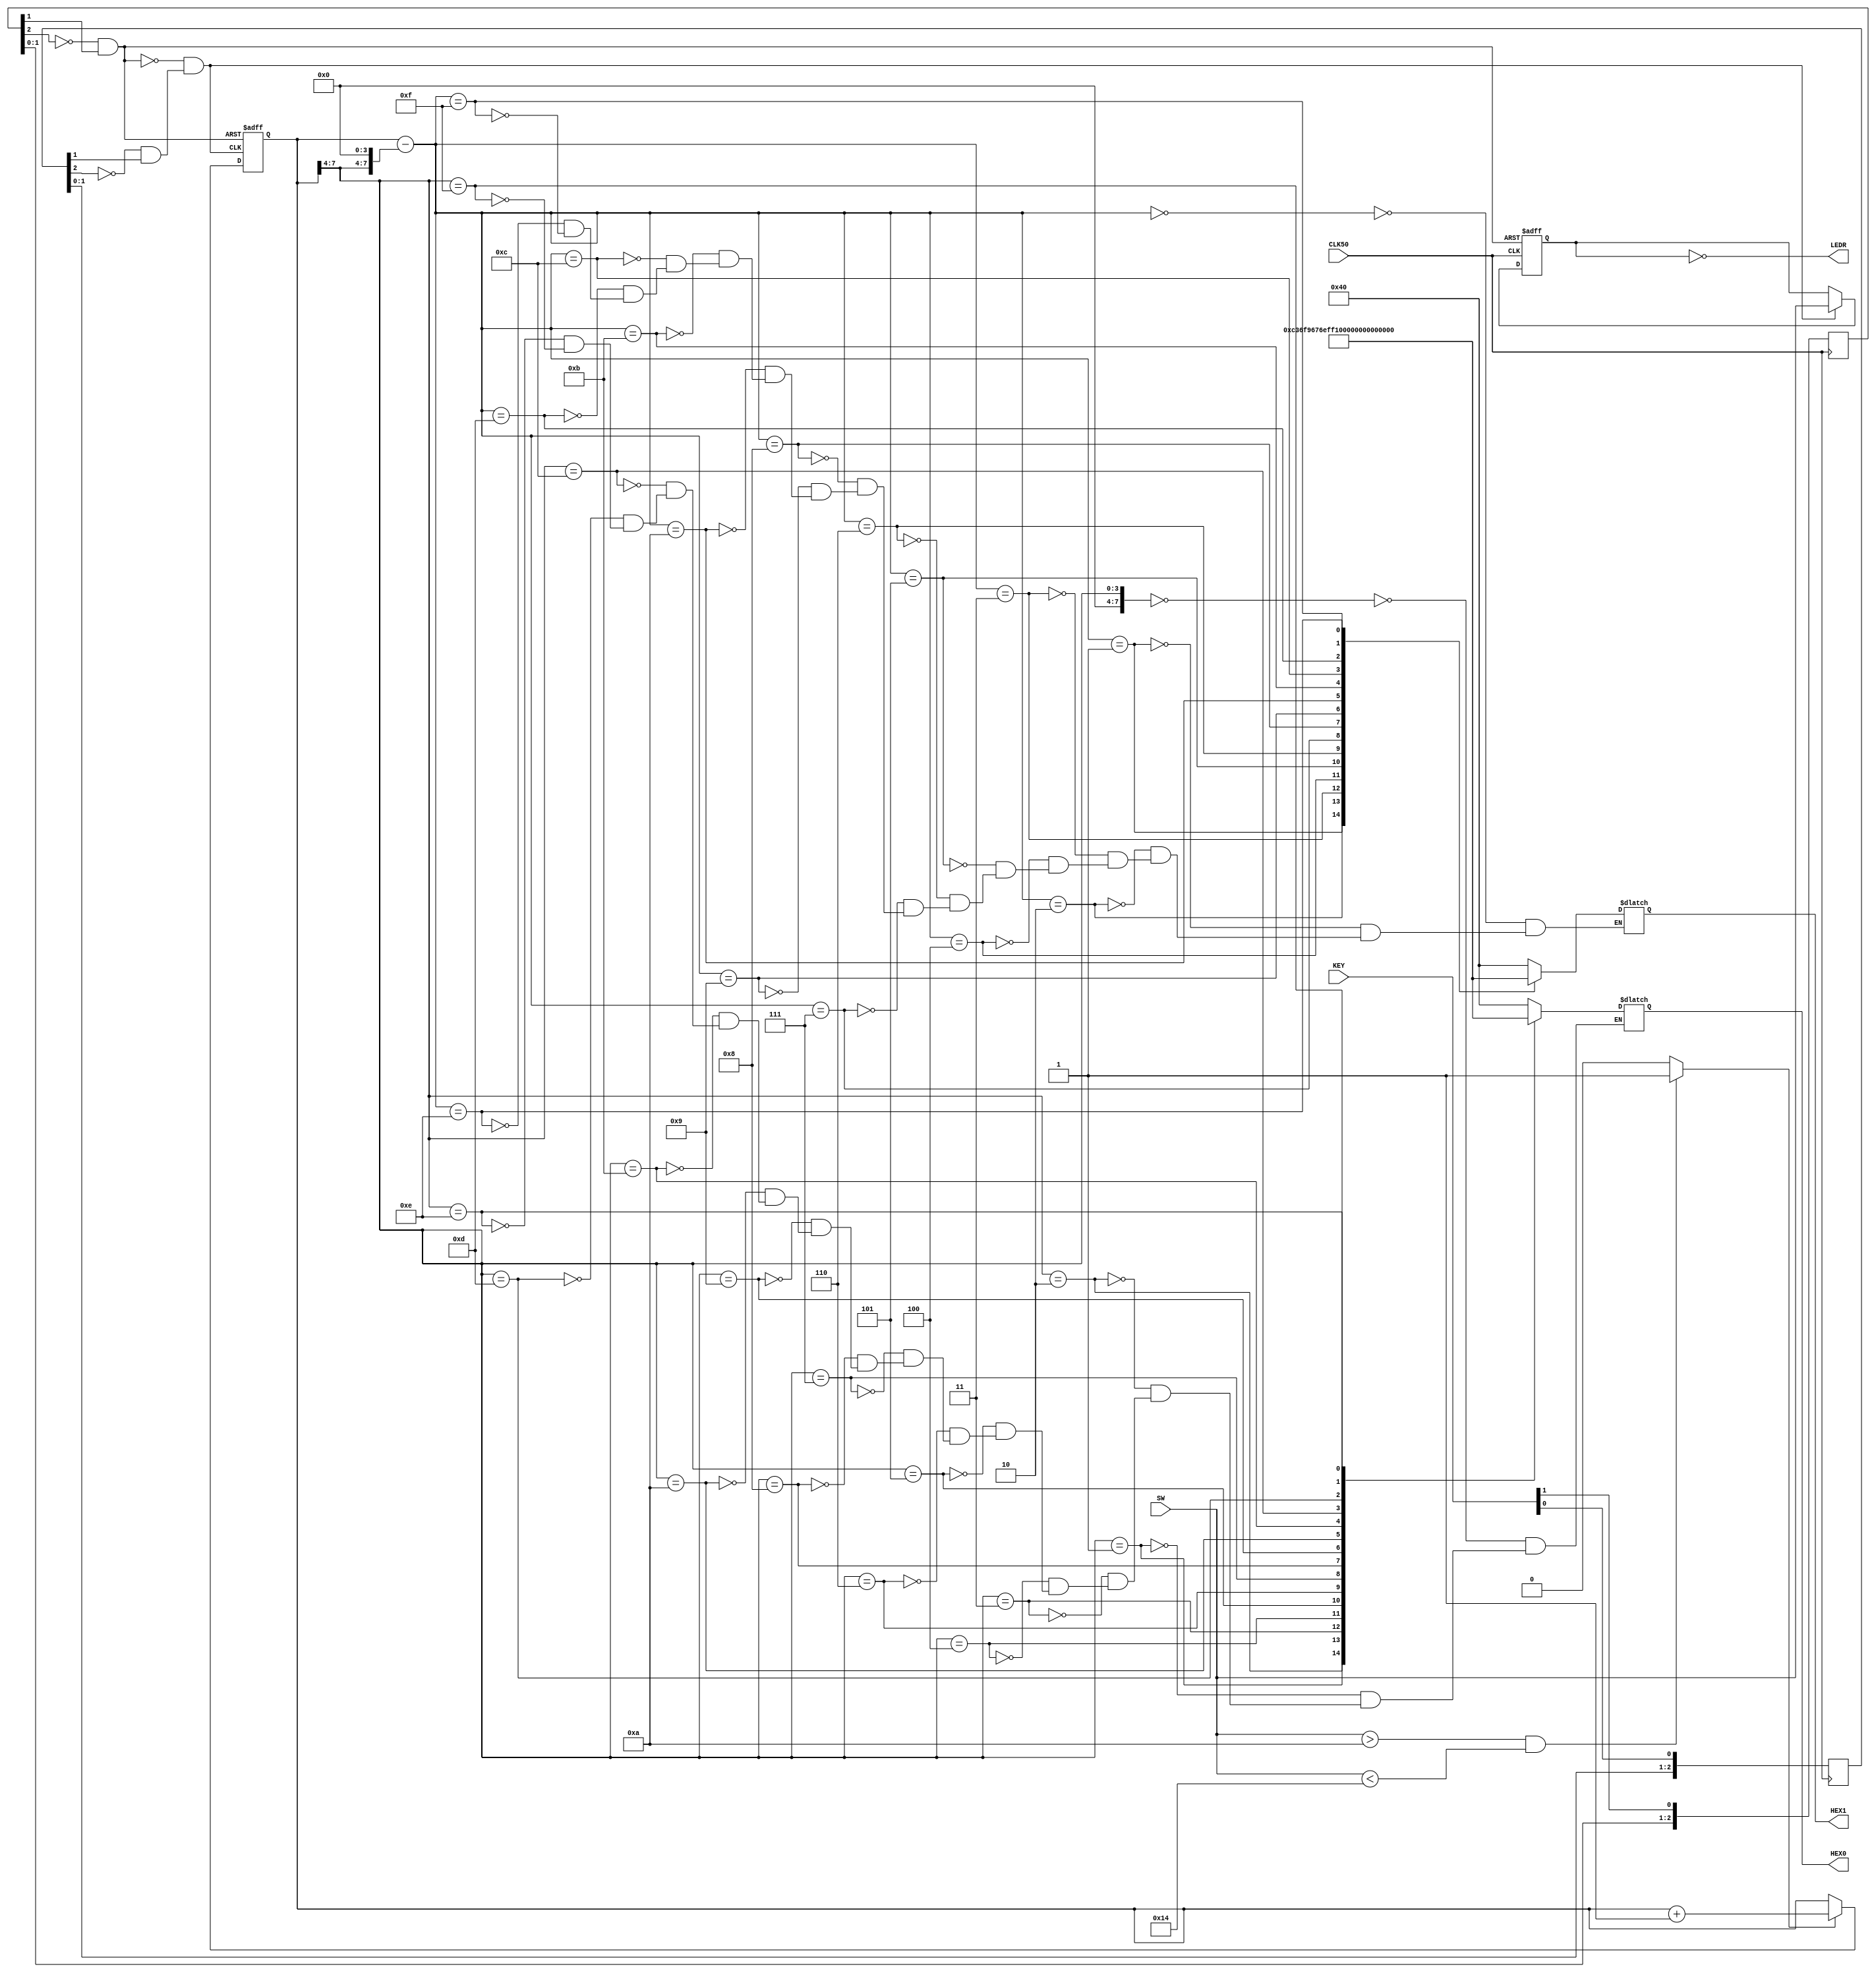
module lab2 (
	input CLK50,
	input  [1:0] KEY,
	input  [9:0] SW,
	output [6:0] HEX0,HEX1,
	output [9:0] LEDR
);
//clicks

reg [2:0] button1_syncroniser, button2_syncroniser;
wire sbutton1, button2;

always @(posedge CLK50) begin
	button1_syncroniser[0] <= KEY[0];
	button1_syncroniser[1] <= button1_syncroniser[0];
	button1_syncroniser[2] <= button1_syncroniser[1];
end
assign sbutton1 = (~button1_syncroniser[2] & button1_syncroniser[1]);
 
 always @(posedge CLK50) begin
	button2_syncroniser[0] <= KEY[1];
	button2_syncroniser[1] <= button2_syncroniser[0];
	button2_syncroniser[2] <= button2_syncroniser[1];
end
assign button2 = (~button2_syncroniser[2] & button2_syncroniser[1]);

//both_click_defence

wire button1;
assign button1 = (~button2 & sbutton1);

//reg

reg [9:0] tencount;
always @(posedge CLK50 or posedge button2) begin
	if (button2) tencount <= 0;
	else if (button1) tencount <= SW;
end

//event
reg sw_event;
always @(SW) begin
	if ((SW>10'd10)&(SW<10'd20)) sw_event <= 1'b1;
	else sw_event <= 1'b0;
end

reg [7:0] counter;
always @(posedge button1 or posedge button2) begin
	if (button2) counter <= 0;
	else if (sw_event) counter <= counter + 1;
end

////////out
//HEX
reg [7:0] fhex1,fhex2;
reg [6:0] HEXX1,HEXX0;
always @(counter)
begin
	fhex1 = (counter >> 4);
	fhex2 = (counter-(fhex1 << 4));
	//1 razr
	case (fhex1)
		8'h0 : HEXX0 = 7'b1000000;
		8'h1 : HEXX0 = 7'b0110000;
		8'h2 : HEXX0 = 7'b1101101;
		8'h3 : HEXX0 = 7'b1111001;
		8'h3 : HEXX0 = 7'b1111001;
		8'h4 : HEXX0 = 7'b0110011;
		8'h5 : HEXX0 = 7'b1011011;
		8'h6 : HEXX0 = 7'b1011111;
		8'h7 : HEXX0 = 7'b1110000;
		8'h8 : HEXX0 = 7'b1111111;
		8'h9 : HEXX0 = 7'b1111011;
		8'hA : HEXX0 = 7'b1110111;
		8'hB : HEXX0 = 7'b0011111;
		8'hC : HEXX0 = 7'b1001110;
		8'hD : HEXX0 = 7'b0111101;
		8'hE : HEXX0 = 7'b1001111;
		8'hF : HEXX0 = 7'b1000111;
	endcase
	//2 razr
	case (fhex2)
		8'h0 : HEXX1 = 7'b1000000;
		8'h1 : HEXX1 = 7'b0110000;
		8'h2 : HEXX1 = 7'b1101101;
		8'h3 : HEXX1 = 7'b1111001;
		8'h3 : HEXX1 = 7'b1111001;
		8'h4 : HEXX1 = 7'b0110011;
		8'h5 : HEXX1 = 7'b1011011;
		8'h6 : HEXX1 = 7'b1011111;
		8'h7 : HEXX1 = 7'b1110000;
		8'h8 : HEXX1 = 7'b1111111;
		8'h9 : HEXX1 = 7'b1111011;
		8'hA : HEXX1 = 7'b1110111;
		8'hB : HEXX1 = 7'b0011111;
		8'hC : HEXX1 = 7'b1001110;
		8'hD : HEXX1 = 7'b0111101;
		8'hE : HEXX1 = 7'b1001111;
		8'hF : HEXX1 = 7'b1000111;
	endcase		
end
assign HEX0=HEXX0;
assign HEX1=HEXX1;

//LEDR
assign LEDR=(~tencount);


endmodule